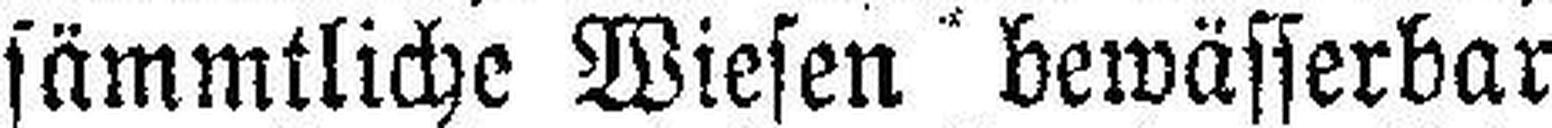
sämmtliche Wiesen bewässerbar